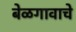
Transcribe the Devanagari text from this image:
बेळगावाचे